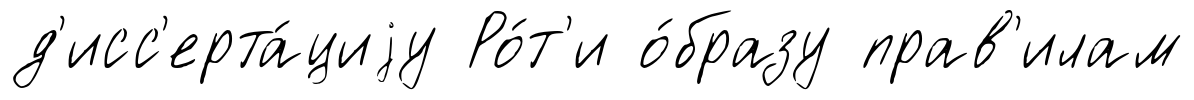
д'исс'ерта́циjу Ро́т'и о́бразу прав'илам